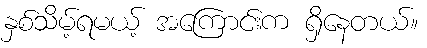
နှစ်သိမ့်ရမယ့် အကြောင်းက ရှိနေတယ်။